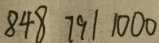
8 4 8 7 9 1 1 0 0 0